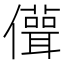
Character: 𠐪